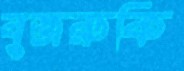
বুজরুকি